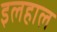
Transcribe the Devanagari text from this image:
इलहाल